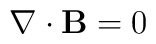
{\bf \nabla} \cdot {\bf B} = 0